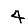
Digit: 4